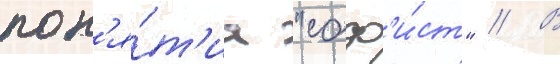
пон'я́т'иа "соф'и́ст" // В